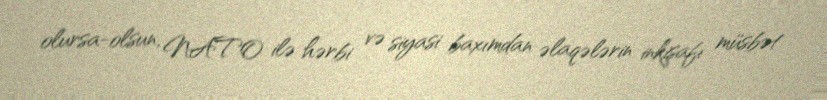
olursa-olsun, NATO ilə hərbi və siyasi baxımdan əlaqələrin inkişafı müsbət